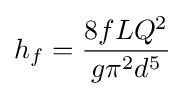
h_{f}={\frac {8fLQ^{2}}{g\pi ^{2}d^{5}}}